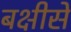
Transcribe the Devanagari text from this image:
बक्षीसे